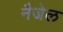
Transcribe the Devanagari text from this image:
नैजेल